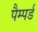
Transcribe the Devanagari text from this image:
पैम्पर्ड